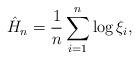
LaTeX: \begin{align*}\hat{H}_n = \frac{1}{n}\sum_{i=1}^n \log \xi_i,\end{align*}